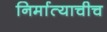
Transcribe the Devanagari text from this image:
निर्मात्याचीच